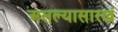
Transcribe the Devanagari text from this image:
असल्यासारखं